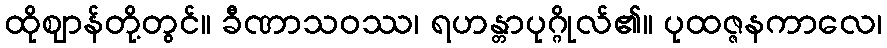
ထိုဈာန်တို့တွင်။ ခီဏာသဝဿ၊ ရဟန္တာပုဂ္ဂိုလ်၏။ ပုထဇ္ဇနကာလေ၊